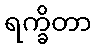
ရက္ခိတာ